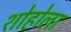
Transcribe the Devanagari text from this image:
शोहोला